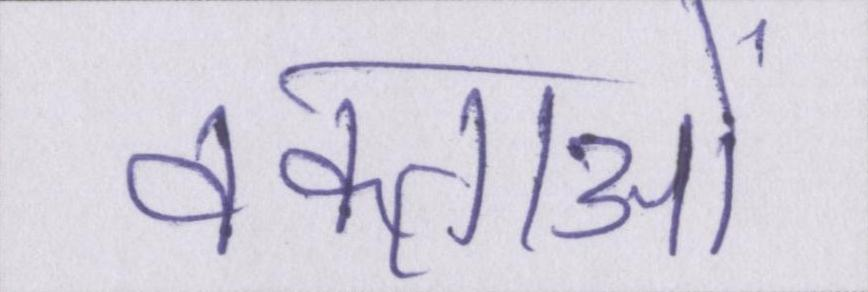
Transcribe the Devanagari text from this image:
वक्ताओं